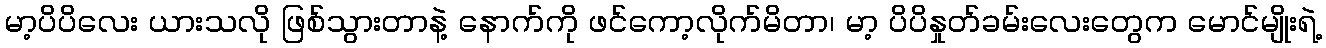
မာ့ပိပိလေး ယားသလို ဖြစ်သွားတာနဲ့ နောက်ကို ဖင်ကော့လိုက်မိတာ၊ မာ့ ပိပိနှုတ်ခမ်းလေးတွေက မောင်မျိုးရဲ့